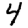
Digit: 4